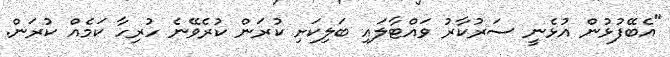
"އެބޭފުޅުން އުޅެނީ ސަރުކާރު ވައްޓާލައި ބަލިކަށި ކުރަން ކުރެވޭނެ ހުރިހާ ކަމެއް ކުރަން.